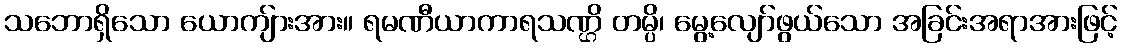
သဘောရှိသော ယောကျ်ားအား။ ရမဏီယာကာရသဏ္ဌိ တမ္ပိ၊ မွေ့လျော်ဖွယ်သော အခြင်းအရာအားဖြင့်